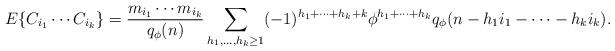
LaTeX: \begin{align*}E\{C_{i_1}\cdots C_{i_k}\} = \frac{m_{i_1}\cdots m_{i_k}}{q_{\phi}(n)}\sum_{h_1,\dots,h_k \ge 1} (-1)^{h_1 + \cdots + h_k+k}\phi^{h_1 + \cdots + h_k} q_{\phi}(n-h_1i_1 - \cdots - h_ki_k).\end{align*}